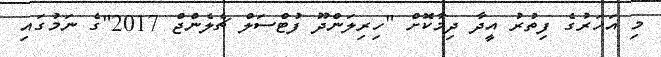
މި އަހަރުގެ ފިތުރު އީދާ ދިމާކޮށް "ހިރިލަންދޫ ފުޓްސަލް ޗެލެންޖް 2017"ގެ ނަމުގައި